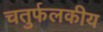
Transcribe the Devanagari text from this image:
चतुर्फलकीय